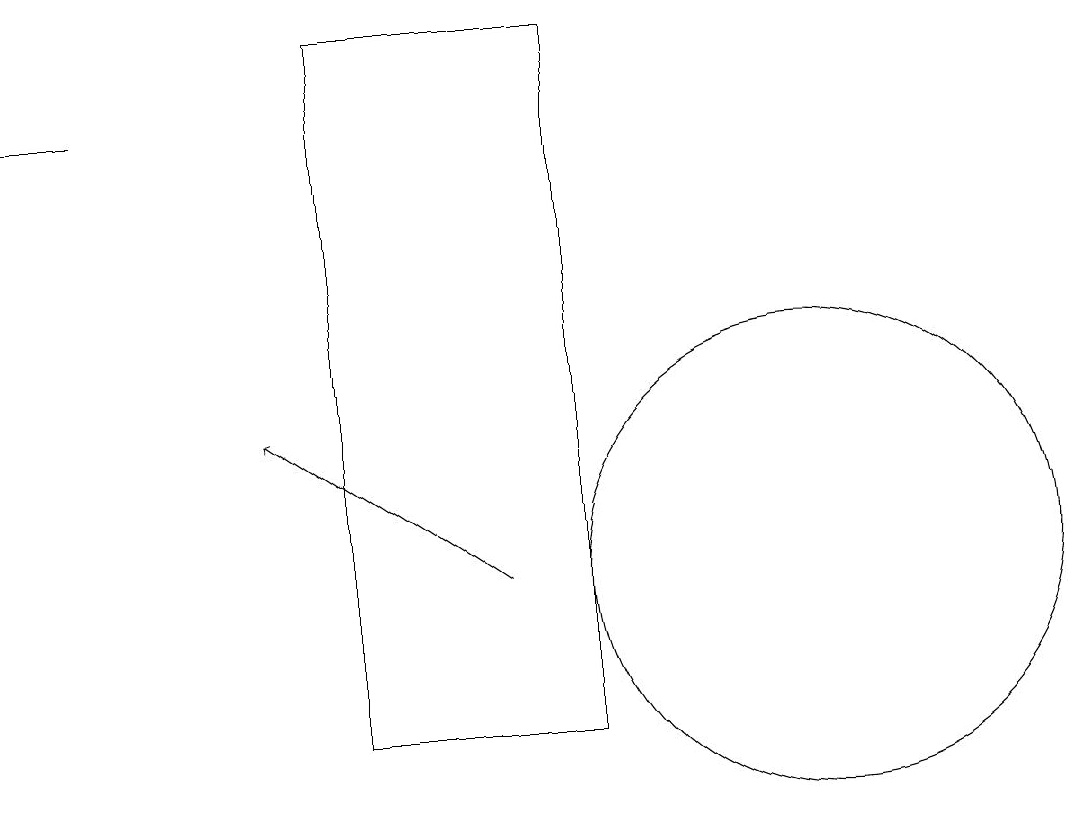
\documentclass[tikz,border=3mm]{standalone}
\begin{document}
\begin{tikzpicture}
\draw (11,12) circle (3);
\draw[->] (7,12) -- (4,14);
\draw (2,18) rectangle (1,18);
\draw (5,19) rectangle (8,10);
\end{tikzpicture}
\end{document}